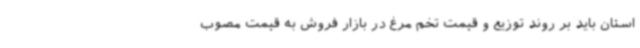
استان باید بر روند توزیع و قیمت تخم مرغ در بازار فروش به قیمت مصوب